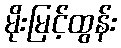
မိုးမြင့်ထွန်း